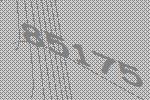
85175